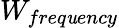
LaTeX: W_{freq\mathit{u}ency}